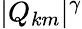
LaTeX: |Q_{km}|^{\gamma}